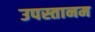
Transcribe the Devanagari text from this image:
उपस्तानम